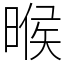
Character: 㬋